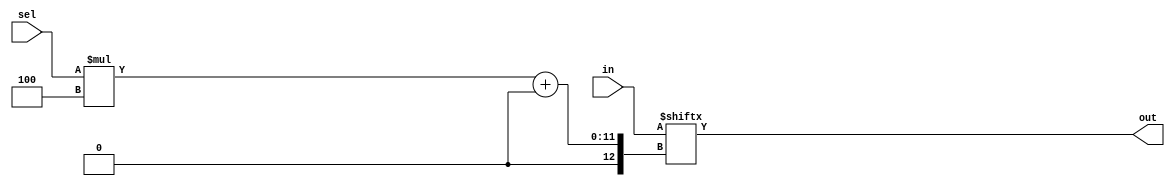
module top_module( 
    input [1023:0] in,
    input [7:0] sel,
    output [3:0] out );
    always @(*) begin
        out = in[sel*4 +: 4];
    end    
endmodule